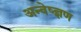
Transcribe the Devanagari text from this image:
अन्वेष्ज्ञण